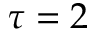
\tau = 2